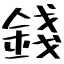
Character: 錢